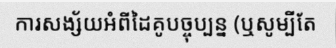
ការសង្ស័យអំពីដៃគូបច្ចុប្បន្ន (ឬសូម្បីតែ